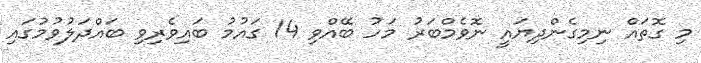
މި ގޮތައް ނިމިގެންދިޔައީ ނޮވެމްބަރު މަހު ބޭއްވި 14 ގައުމު ބައިވެރިވި ބައްދަލުވުމުގައި